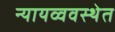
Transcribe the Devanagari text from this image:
न्यायव्ववस्थेत